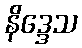
နိဒ္ဒေသ